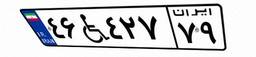
۶۲W۴۲۵۸۹